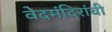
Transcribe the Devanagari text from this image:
वेदमंदिरांची